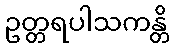
ဥတ္တရပါသကန္တိ